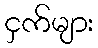
ငှက်များ